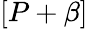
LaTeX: [P+\beta]